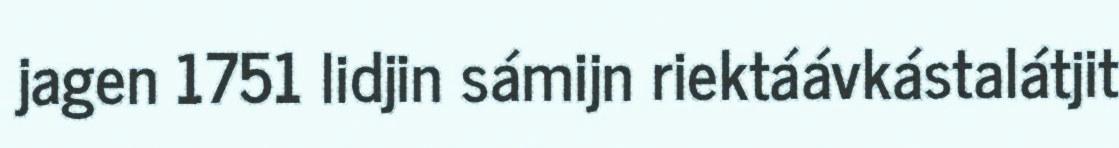
jagen 1751 lidjin sámijn riektáávkástalátjit